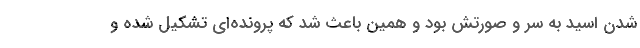
شدن اسید به سر و صورتش بود و همین باعث شد که پرونده‌ای تشکیل شده و